Annual administration report of the Civil Veterinary Department, Ajmere-Merwara, British Rajputana - 1914-1940
Year: 1914
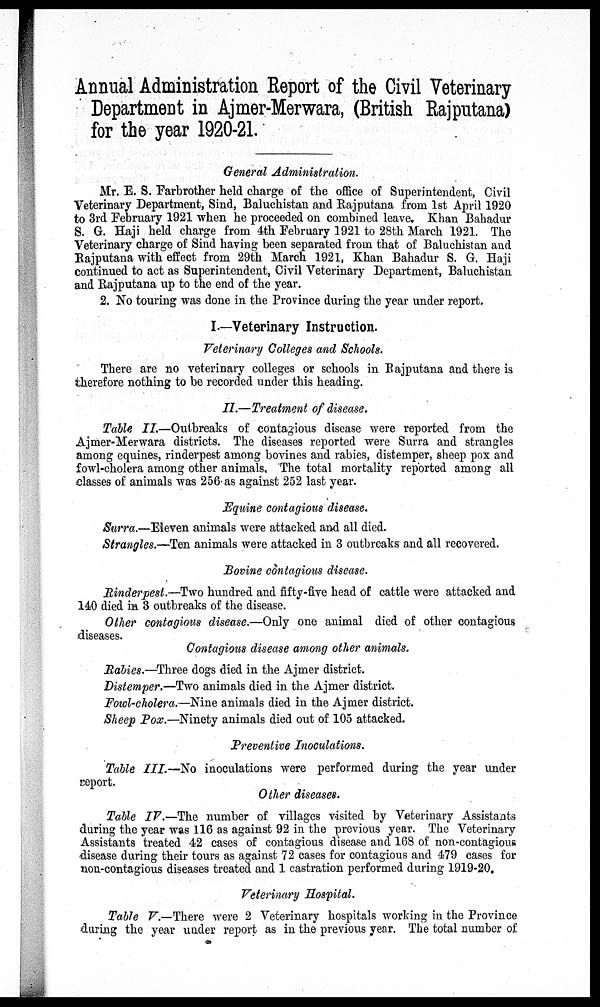
Annual Administration Report of the Civil Veterinary
Department in Ajmer-Merwara, (British Rajputana)
for the year 1920-21.
General Administration.
Mr. E. S. Farbrother held charge of the office of Superintendent, Civil
Veterinary Department, Sind, Baluchistan and Rajputana from 1st April 1920
to 3rd February 1921 when he proceeded on combined leave. Khan Bahadur
S. G. Haji held charge from 4th February 1921 to 28th March 1921. The
Veterinary charge of Sind having been separated from that of Baluchistan and
Rajputana with effect from 29th March 1921, Khan Bahadur S. G. Haji
continued to act as Superintendent, Civil Veterinary Department, Baluchistan
and Rajputana up to the end of the year.
2. No touring was done in the Province during the year under report.
I.—Veterinary Instruction.
Veterinary Colleges and Schools.
There are no veterinary colleges or schools in Rajputana and there is
therefore nothing to be recorded under this heading.
II.—Treatment of disease.
Table II.—Outbreaks
of contagious disease were reported from the
Ajmer-Merwara districts. The diseases reported were Surra and strangles
among equines, rinderpest among bovines and rabies, distemper, sheep pox and
fowl-cholera among other animals. The total mortality reported among all
classes of animals was 256 as against 252 last year.
Equine contagious disease.
Surra.—Eleven animals were attacked and all died.
Strangles.—Ten animals were attacked in 3 outbreaks and all recovered.
Bovine contagious disease.
Rinderpest.—Two hundred and fifty-five head of cattle were attacked and
140 died in 3 outbreaks of the disease.
Other contagious disease.—Only one animal died of other contagious
diseases.
Contagious disease among other animals.
Rabies.—Three dogs died in the Ajmer district.
Distemper.—Two animals died in the Ajmer district.
Fowl-cholera.—Nine animals died in the Ajmer district.
Sheep Pox.—Ninety animals died out of 105 attacked.
Preventive Inoculations.
Table III.—No inoculations were performed during the year under
report.
Other diseases.
Table IV.—The number of villages visited by Veterinary Assistants
during the year was 116 as against 92 in the previous year. The Veterinary
Assistants treated 42 cases of contagious disease and 168 of non-contagious
disease during their tours as against 72 cases for contagious and 479 cases for
non-contagious diseases treated and 1 castration performed during 1919-20.
Veterinary Hospital.
Table V.—There were 2 Veterinary hospitals working in the Province
during the year under report as in the previous year. The total number of